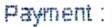
PAYMENT :